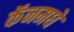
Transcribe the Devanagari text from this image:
कॅनमधे